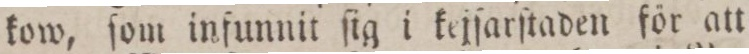
kow, ſom infunnit ſig i kejſarſtaden för att